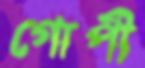
গোপী